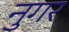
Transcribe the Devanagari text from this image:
नुगर